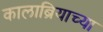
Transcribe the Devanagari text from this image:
कालाब्रियाच्या